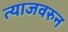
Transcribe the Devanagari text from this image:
त्याजवरुन